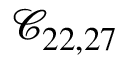
\mathcal { C } _ { 2 2 , 2 7 }